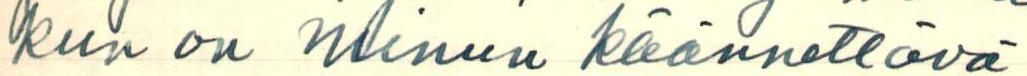
kun on minun käännettavä